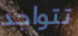
تتواجد